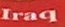
Iraq